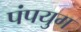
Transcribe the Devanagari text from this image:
पंपयुग